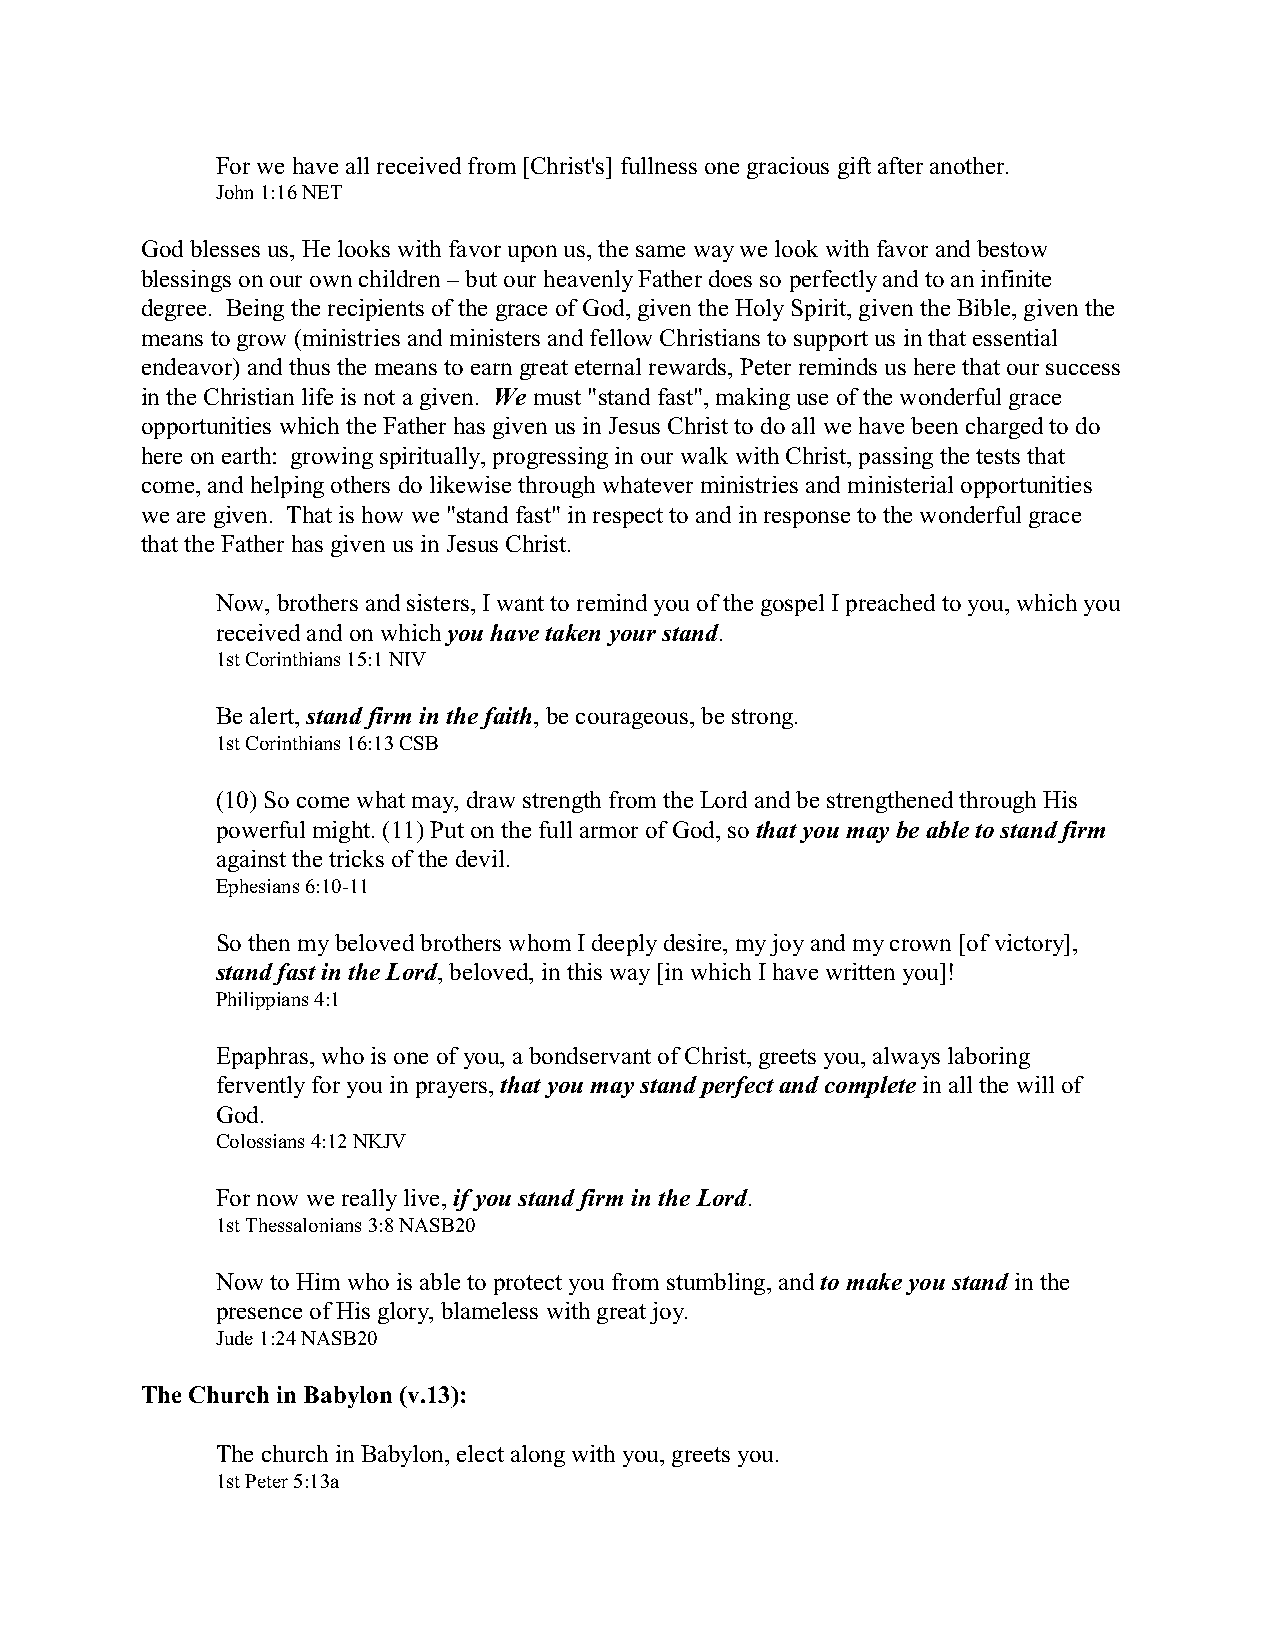
For we have all received from [Christ's] fullness one gracious gift after another.
 John 1:16 NET
 God blesses us, He looks with favor upon us, the same way we look with favor and bestow
 blessings on our own children – but our heavenly Father does so perfectly and to an infinite
 degree. Being the recipients of the grace of God, given the Holy Spirit, given the Bible, given the
 means to grow (ministries and ministers and fellow Christians to support us in that essential
 endeavor) and thus the means to earn great eternal rewards, Peter reminds us here that our success
 in the Christian life is not a given. We must "stand fast", making use of the wonderful grace
 opportunities which the Father has given us in Jesus Christ to do all we have been charged to do
 here on earth: growing spiritually, progressing in our walk with Christ, passing the tests that
 come, and helping others do likewise through whatever ministries and ministerial opportunities
 we are given. That is how we "stand fast" in respect to and in response to the wonderful grace
 that the Father has given us in Jesus Christ.
 Now, brothers and sisters, I want to remind you of the gospel I preached to you, which you
 received and on which you have taken your stand.
 1st Corinthians 15:1 NIV
 Be alert, stand firm in the faith, be courageous, be strong.
 1st Corinthians 16:13 CSB
 (10) So come what may, draw strength from the Lord and be strengthened through His
 powerful might. (11) Put on the full armor of God, so that you may be able to stand firm
 against the tricks of the devil.
 Ephesians 6:10-11
 So then my beloved brothers whom I deeply desire, my joy and my crown [of victory],
 stand fast in the Lord, beloved, in this way [in which I have written you]!
 Philippians 4:1
 Epaphras, who is one of you, a bondservant of Christ, greets you, always laboring
 fervently for you in prayers, that you may stand perfect and complete in all the will of
 God.
 Colossians 4:12 NKJV
 For now we really live, if you stand firm in the Lord.
 1st Thessalonians 3:8 NASB20
 Now to Him who is able to protect you from stumbling, and to make you stand in the
 presence of His glory, blameless with great joy.
 Jude 1:24 NASB20
 The Church in Babylon (v.13):
 The church in Babylon, elect along with you, greets you.
 1st Peter 5:13a